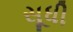
સૂધી